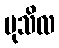
မုသိလ